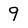
Character: 9